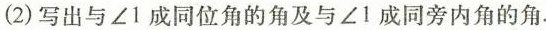
(2)写出与\angle 1成同位角的角及与\angle 1成同旁内角的角.